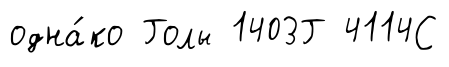
одна́ко Голы 1403Г 4114С